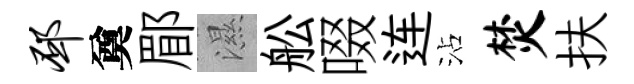
邳奠郿濕舩啜连沾焚扶